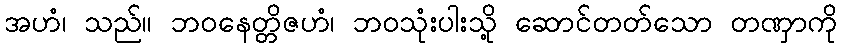
အဟံ၊ သည်။ ဘဝနေတ္တိဇဟံ၊ ဘဝသုံးပါးသို့ ဆောင်တတ်သော တဏှာကို